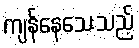
ကျန်နေသေးသည့်